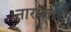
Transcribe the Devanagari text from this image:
नाराजीचे